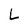
Character: L